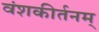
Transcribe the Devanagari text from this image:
वंशकीर्तनम्